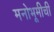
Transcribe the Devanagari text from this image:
मनोभूमीची